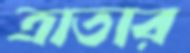
ত্রাতার